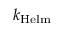
k _ { \mathrm { H e l m } }